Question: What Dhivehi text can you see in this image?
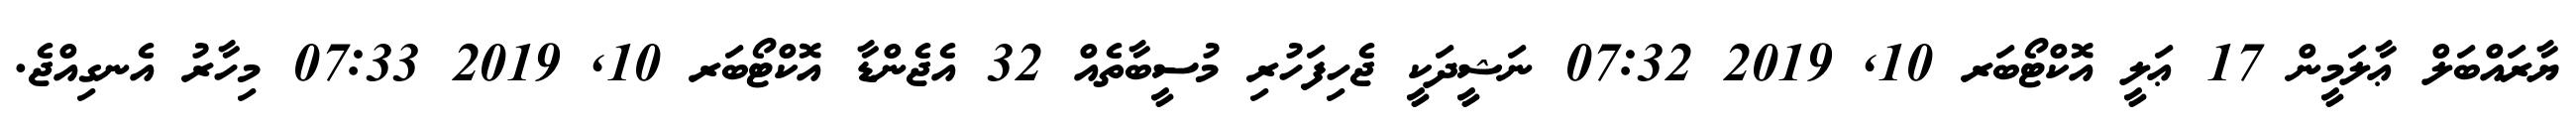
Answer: ޔާރައްބަލް ޢާލަމީން 17 ޢަލީ އޮކްޓޯބަރ 10, 2019 07:32 ނަޝީދަކީ ޖެހިފަހުރި މުސީބާތެއް 32 އެޖެންޑާ އޮކްޓޯބަރ 10, 2019 07:33 މިހާރު އެނގިއްޖެ.